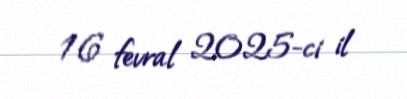
16 fevral 2025-ci il